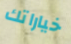
خياراتك